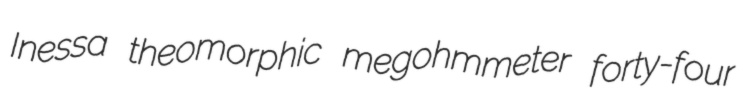
Inessa theomorphic megohmmeter forty-four